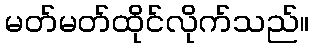
မတ်မတ်ထိုင်လိုက်သည်။